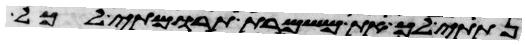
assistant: נתתי לך את משמרת תרומתי לכל